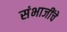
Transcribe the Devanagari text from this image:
संभाजींचे